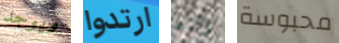
ويوجد ارتدوا رائع محبوسة